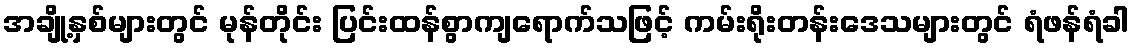
အချို့နှစ်များတွင် မုန်တိုင်း ပြင်းထန်စွာကျရောက်သဖြင့် ကမ်းရိုးတန်းဒေသများတွင် ရံဖန်ရံခါ